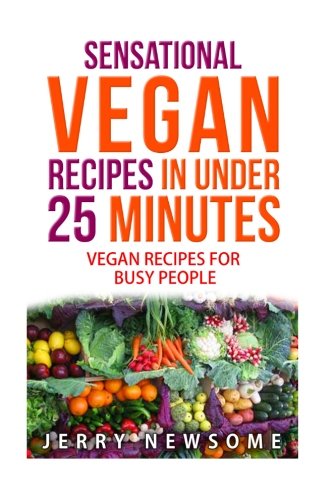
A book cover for Sensational Vegan Recipes in Under 25 Minutes; Jerry Newsome Mr; Cookbooks, Food & Wine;